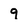
Character: 9